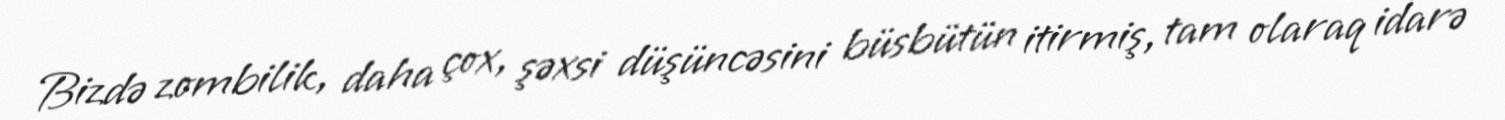
Bizdə zombilik, daha çox, şəxsi düşüncəsini büsbütün itirmiş, tam olaraq idarə